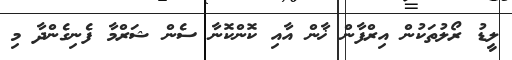
ލީޑު ރޯލުތަކުން އިރްފާން ޚާން އާއި ކޮންކޮނާ ސެން ޝަރްމާ ފެނިގެންދާ މި